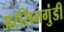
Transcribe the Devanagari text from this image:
अरसिनगुंडी